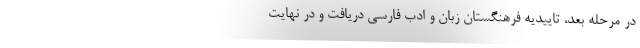
در مرحله بعد، تاییدیه فرهنگستان زبان و ادب فارسی دریافت و در نهایت